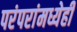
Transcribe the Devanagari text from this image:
परंपरांमध्येही